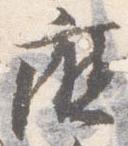
庁